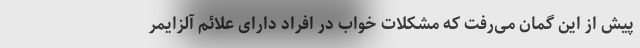
پیش از این گمان می‌رفت که مشکلات خواب در افراد دارای علائم آلزایمر